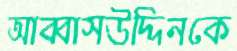
আব্বাসউদ্দিনকে